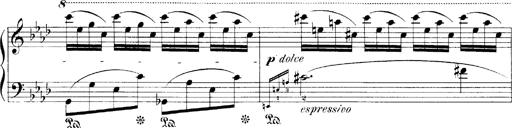
Title: LiebestrÃ¤ume
Composer: Franz Behr
Key: E-flat major